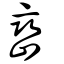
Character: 巒